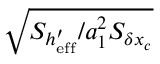
\sqrt { S _ { h _ { \mathrm { e f f } } ^ { \prime } } / a _ { 1 } ^ { 2 } S _ { \delta x _ { c } } }